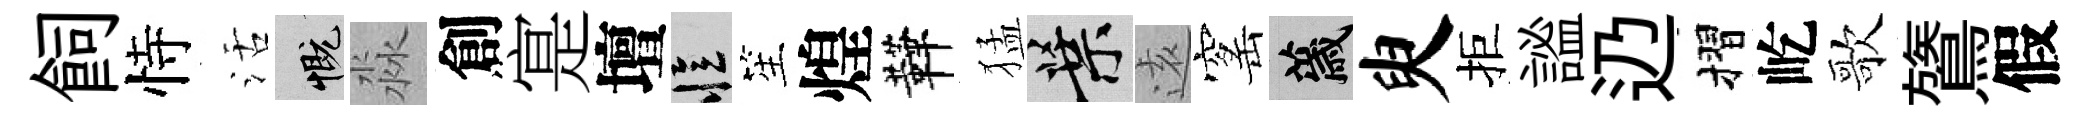
飼恃活慨淼創寔壇忆笙煌鞾猛葉逺窰薉臾拒謐辸摺屹歌鷟假